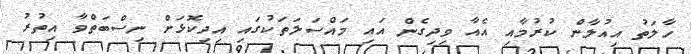
ހާލަތު އިއުލާން ކުރުމާއި އެއާ ވިދިގެން އައި މައްސަލަތަކުގައި އިދިކޮޅަށް ނިސްބަތްވާ އިތުރު